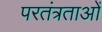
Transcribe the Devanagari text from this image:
परतंत्रताओं